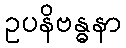
ဥပနိဗန္ဓနာ